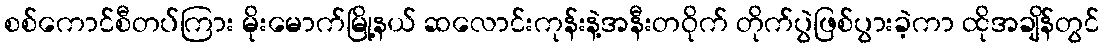
စစ်ကောင်စီတပ်ကြား မိုးမောက်မြို့နယ် ဆလောင်းကုန်းနဲ့အနီးတဝိုက် တိုက်ပွဲဖြစ်ပွားခဲ့ကာ ထိုအချိန်တွင်